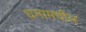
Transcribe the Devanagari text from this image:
घनामधील